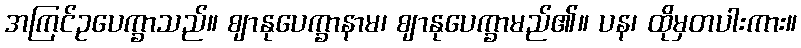
အကြင်ဥပေက္ခာသည်။ ဈာနုပေက္ခာနာမ၊ ဈာနုပေက္ခာမည်၏။ ပန၊ ထိုမှတပါးကား။